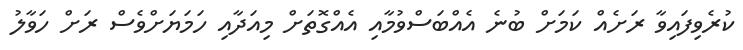
ކުރެވިފައިވާ ރަށެއް ކަމަށް ބުނެ އެއްބަސްވުމާއި އެއްގޮތަށް މިއަދާއި ހަމަޔަށްވެސް ރަށް ހަވާލު